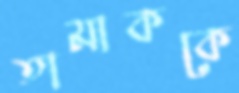
তামাককে